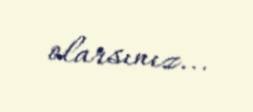
olarsınız...